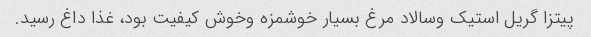
پیتزا گریل استیک وسالاد مرغ بسیار خوشمزه وخوش کیفیت بود، غذا داغ رسید.